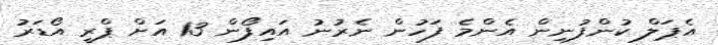
އެޕަލް ކުންފުނިން އެންމެ ފަހުން ނެރުނު އައިފޯން 13 އަށް ޕްރީ އޯޑަރު